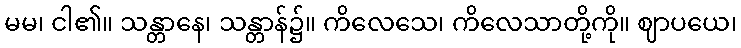
မမ၊ ငါ၏။ သန္တာနေ၊ သန္တာန်၌။ ကိလေသေ၊ ကိလေသာတို့ကို။ ဈာပယေ၊